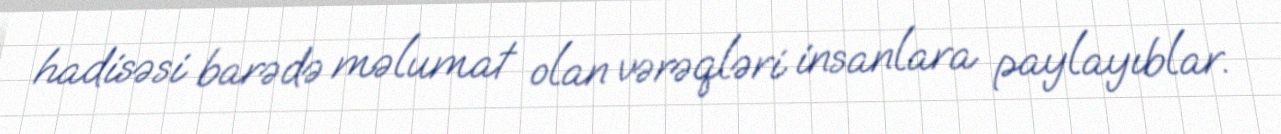
hadisəsi barədə məlumat olan vərəqləri insanlara paylayıblar.